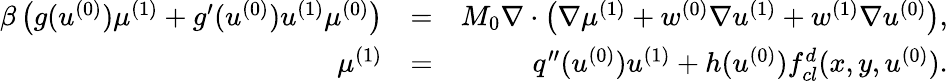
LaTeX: \begin{array}{rlr}{\beta\left(g(u^{(0)})\mu^{(1)}+g^{\prime}(u^{(0)})u^{(1)}\mu^{(0)}\right)}&{=}&{M_{0}\nabla\cdot\left(\nabla\mu^{(1)}+w^{(0)}\nabla u^{(1)}+w^{(1)}\nabla u^{(0)}\right),}\\ {\mu^{(1)}}&{=}&{q^{\prime\prime}(u^{(0)})u^{(1)}+h(u^{(0)})f_{cl}^{d}(x,y,u^{(0)}).}\end{array}